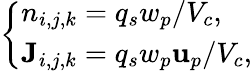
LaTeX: \left\{ \begin{array}{ll}{n_{i,j,k}=q_{s}w_{p}/V_{c},}\\ {{\mathbf{J}}_{i,j,k}=q_{s}w_{p}{\mathbf{u}}_{p}/V_{c},}\end{array}\right.